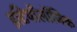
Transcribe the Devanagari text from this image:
इटियॉलॉजिक